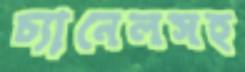
চ্যানেলসহ